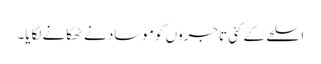
اسلحے کے کئی تاجروں کو موساد نے ٹھکانے لگایا۔